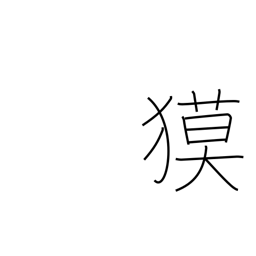
Meaning: tapir